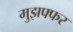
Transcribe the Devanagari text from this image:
मुझफ्फर